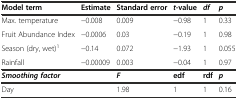
| Model term | Estimate | Standard error | t-value | df | p |
 | --- | --- | --- | --- | --- | --- |
 | Max. temperature | −0.008 | 0.009 | −0.98 | 1 | 0.33 |
 | Fruit Abundance Index | −0.0006 | 0.03 | −0.19 | 1 | 0.98 |
 | Season (dry, wet)1 | −0.14 | 0.072 | −1.93 | 1 | 0.055 |
 | Rainfall | −0.00009 | 0.003 | −0.04 | 1 | 0.97 |
 | Smoothing factor |  | F | edf | rdf | p |
 | Day |  | 1.98 | 1 | 1 | 0.16 |